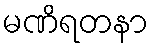
မဏိရတနာ